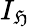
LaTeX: I_{\mathfrak{H}}